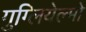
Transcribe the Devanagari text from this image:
गुग्लियेल्मो